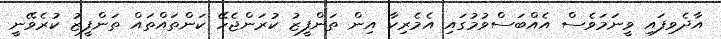
އާދެވިފައި ވީނަމަވެސް އެއްބަސްވުމުގައި އެމެރިކާ އިން ތަންފީޒު ކުރަންޖެހޭ ކަންތައްތައް ތަންފީޒު ކުރެވޭނީ